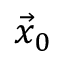
\vec { x } _ { 0 }